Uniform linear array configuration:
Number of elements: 4
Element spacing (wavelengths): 0.25
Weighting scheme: binomial
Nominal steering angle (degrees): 45
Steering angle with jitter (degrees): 43.701
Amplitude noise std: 0.05
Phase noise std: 0.05

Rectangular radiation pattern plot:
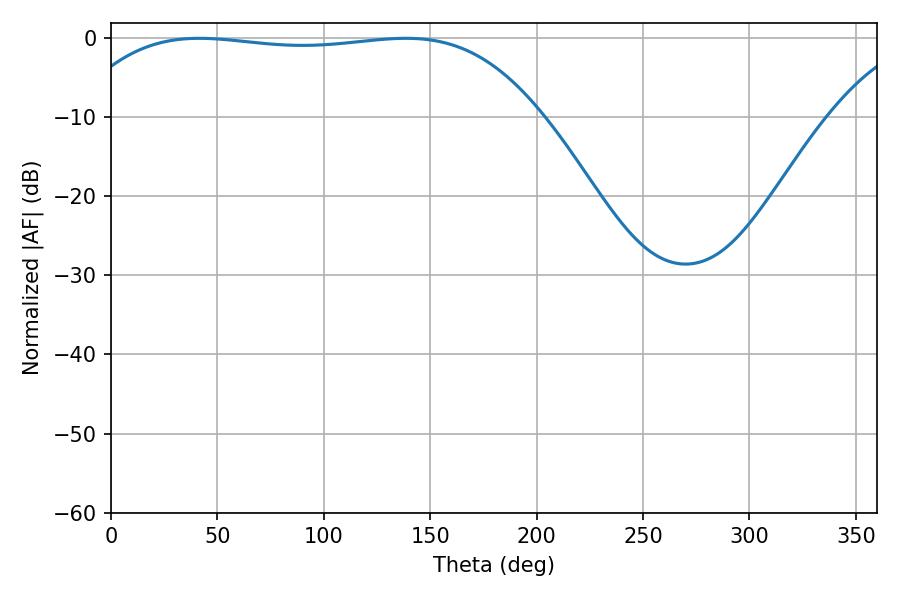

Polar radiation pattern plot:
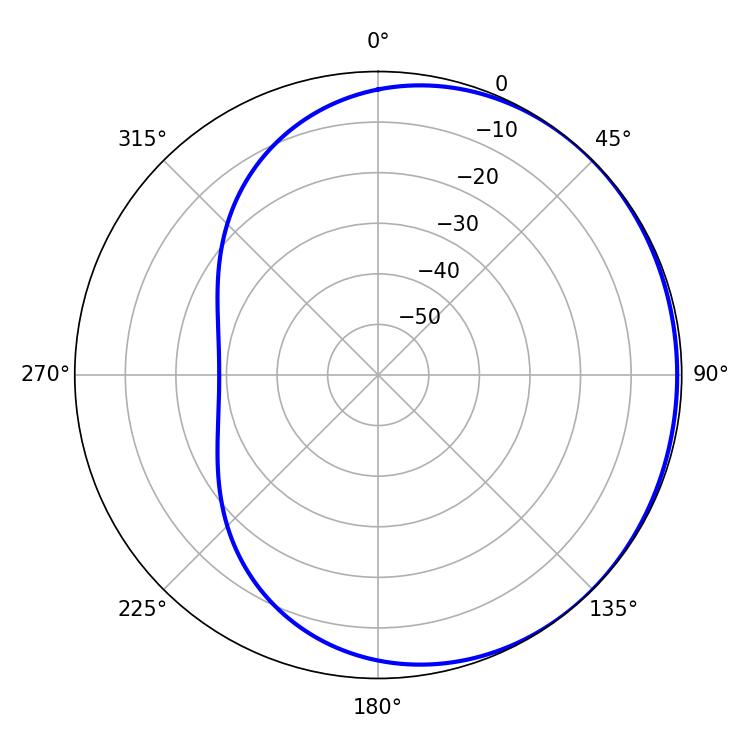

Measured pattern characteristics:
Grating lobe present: FALSE
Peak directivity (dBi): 0.631
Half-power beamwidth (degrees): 174.24
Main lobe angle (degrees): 41.4